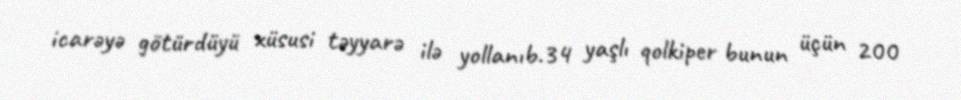
icarəyə götürdüyü xüsusi təyyarə ilə yollanıb.34 yaşlı qolkiper bunun üçün 200